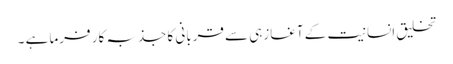
تخلیق ِانسانیت کے آغازہی سے قربانی کا جذبہ کار فرما ہے ۔